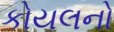
કોયલનો